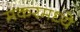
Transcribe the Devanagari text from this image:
मकरमध्ये